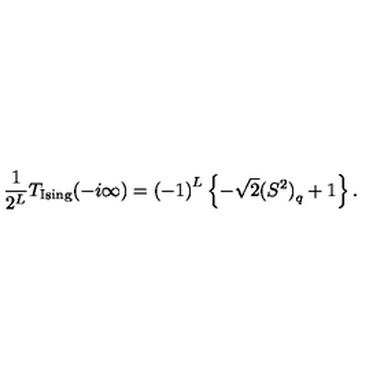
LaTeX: \frac { 1 } { 2 ^ { L } } T _ { \mathrm { I s i n g } } ( - i \infty ) = { ( - 1 ) } ^ { L } \left\{ - \sqrt { 2 } { ( S ^ { 2 } ) } _ { q } + 1 \right\} .